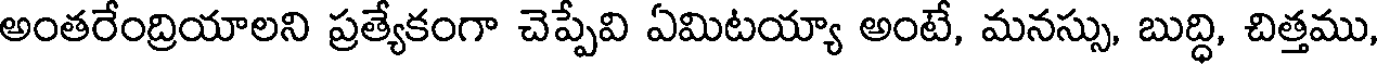
అంతరేంద్రియాలని ప్రత్యేకంగా చెప్పేవి ఏమిటయ్యా అంటే, మనస్సు, బుద్ధి, చిత్తము,